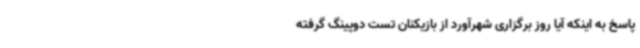
پاسخ به اینکه آیا روز برگزاری شهرآورد از بازیکنان تست دوپینگ گرفته